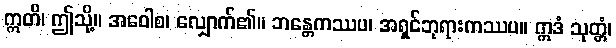
ဣတိ၊ ဤသို့။ အဝေါစ၊ လျှောက်၏။ ဘန္တေကဿပ၊ အရှင်ဘုရားကဿပ။ ဣဒံ သုတ္တံ၊